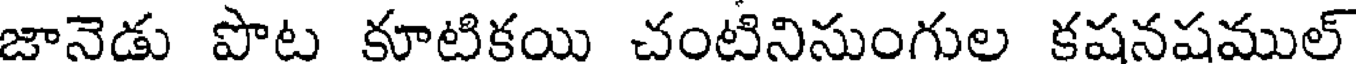
జానెడు పొట కూటికయి చంటినిసుంగుల కషనషముల్